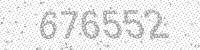
Solution: 676552